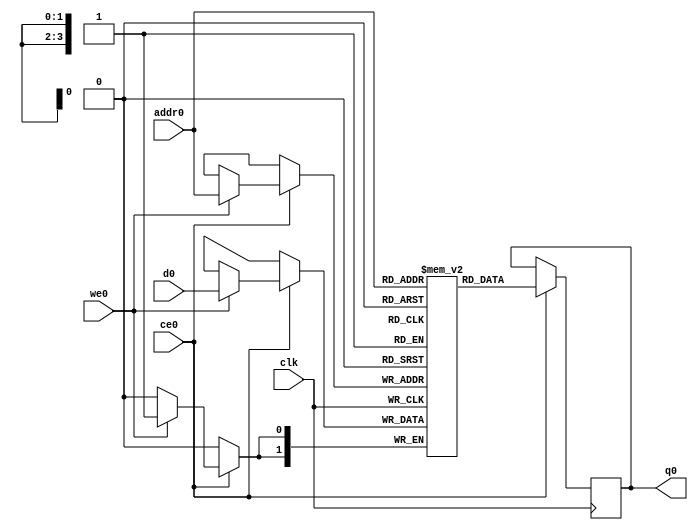
// ==============================================================
// Vitis HLS - High-Level Synthesis from C, C++ and OpenCL v2020.2 (64-bit)
// Copyright 1986-2020 Xilinx, Inc. All Rights Reserved.
// ==============================================================
`timescale 1 ns / 1 ps
module StreamingMaxPool_Batch_3_StreamingMaxPool_Precision_32u_2u_128u_ap_int_2_2_256_s_buf_V_0_ram (addr0, ce0, d0, we0, q0,  clk);

parameter DWIDTH = 2;
parameter AWIDTH = 4;
parameter MEM_SIZE = 16;

input[AWIDTH-1:0] addr0;
input ce0;
input[DWIDTH-1:0] d0;
input we0;
output reg[DWIDTH-1:0] q0;
input clk;

reg [DWIDTH-1:0] ram[0:MEM_SIZE-1];




always @(posedge clk)  
begin 
    if (ce0) begin
        if (we0) 
            ram[addr0] <= d0; 
        q0 <= ram[addr0];
    end
end


endmodule

`timescale 1 ns / 1 ps
module StreamingMaxPool_Batch_3_StreamingMaxPool_Precision_32u_2u_128u_ap_int_2_2_256_s_buf_V_0(
    reset,
    clk,
    address0,
    ce0,
    we0,
    d0,
    q0);

parameter DataWidth = 32'd2;
parameter AddressRange = 32'd16;
parameter AddressWidth = 32'd4;
input reset;
input clk;
input[AddressWidth - 1:0] address0;
input ce0;
input we0;
input[DataWidth - 1:0] d0;
output[DataWidth - 1:0] q0;



StreamingMaxPool_Batch_3_StreamingMaxPool_Precision_32u_2u_128u_ap_int_2_2_256_s_buf_V_0_ram StreamingMaxPool_Batch_3_StreamingMaxPool_Precision_32u_2u_128u_ap_int_2_2_256_s_buf_V_0_ram_U(
    .clk( clk ),
    .addr0( address0 ),
    .ce0( ce0 ),
    .we0( we0 ),
    .d0( d0 ),
    .q0( q0 ));

endmodule